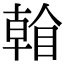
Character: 𥉏